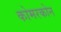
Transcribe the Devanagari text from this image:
कोमरकोन